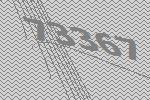
73367